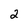
Character: 2